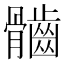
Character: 𩪲